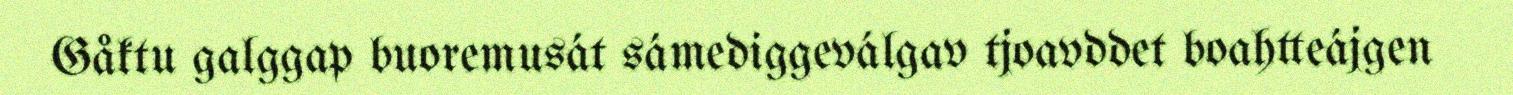
Gåktu galggap buoremusát sámediggeválgav tjoavddet boahtteájgen